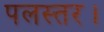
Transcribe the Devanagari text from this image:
पलस्तर।